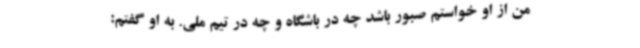
من از او خواستم صبور باشد چه در باشگاه و چه در تیم ملی. به او گفتم: